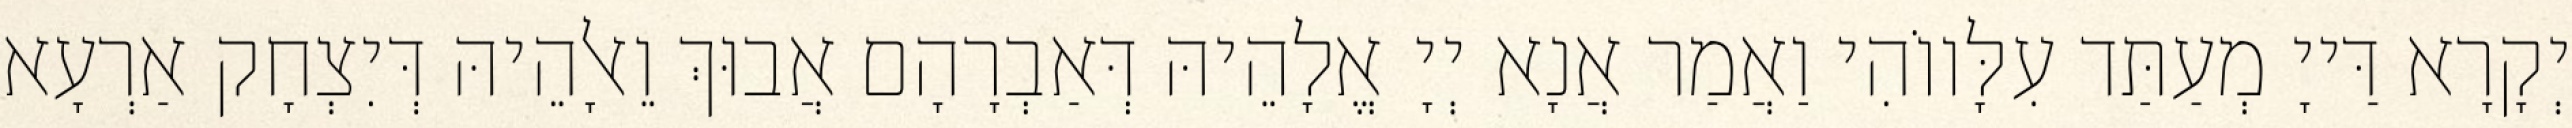
יְקָרָא דַּייָ מְעַתַּד עִלָּווֹהִי וַאֲמַר אֲנָא יְיָ אֱלָהֵיהּ דְּאַבְרָהָם אֲבוּךְ וֵאלָהֵיהּ דְּיִצְחָק אַרְעָא